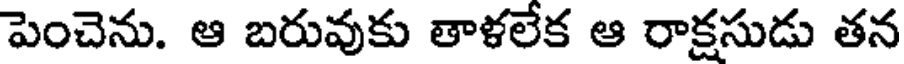
పెంచెను. ఆ బరువుకు తాళలేక ఆ రాక్షసుడు తన